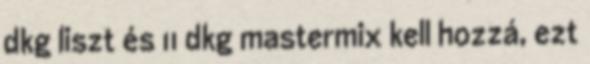
dkg liszt és 11 dkg mastermix kell hozzá, ezt